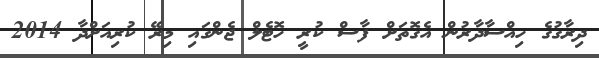
ދިރާގުގެ ހިއްސާދާރުން އެގޮތަށް ފާސް ކުރީ ހޮޓެލް ޖެންގައި މިރޭ ކުރިއަށްދާ 2014